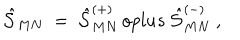
{ \hat { \cal S } } _ { M N } \ = \ { \hat { \cal S } } _ { M N } ^ { ( + ) } \, o p l u s \ { \hat { \cal S } } _ { M N } ^ { ( - ) } \ ,